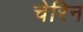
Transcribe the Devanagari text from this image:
चेरिन